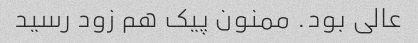
عالی بود. ممنون پیک هم زود رسید